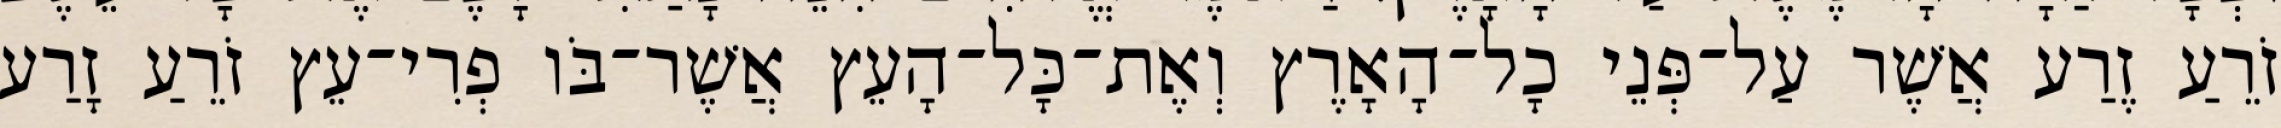
זֹרֵעַ זֶרַע אֲשֶׁר עַל־פְּנֵי כָל־הָאָרֶץ וְאֶת־כָּל־הָעֵץ אֲשֶׁר־בֹּו פְרִי־עֵץ זֹרֵעַ זָרַע